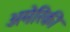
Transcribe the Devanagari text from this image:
अमेरिकी